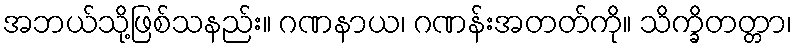
အဘယ်သို့ဖြစ်သနည်း။ ဂဏနာယ၊ ဂဏန်းအတတ်ကို။ သိက္ခိတတ္တာ၊